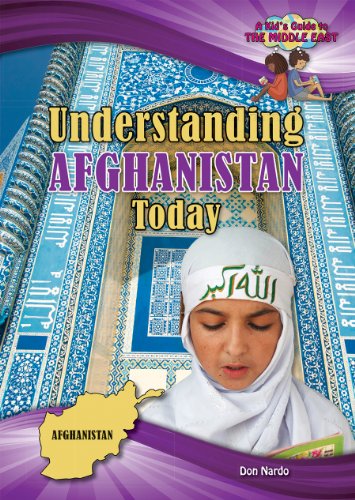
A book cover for Understanding Afghanistan Today (A Kid's Guide to the Middle East); Don Nardo; Children's Books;